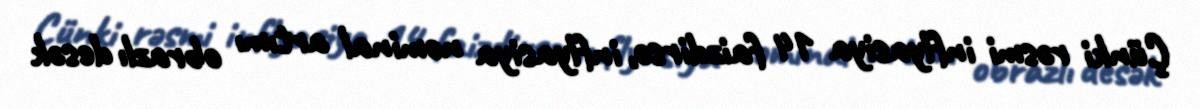
Çünki rəsmi inflyasiya 14 faizdirsə, inflyasiya nominal artımı obrazlı desək